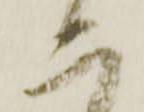
二